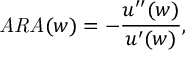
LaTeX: { \mathit { A R A } } ( w ) = - { \frac { u ^ { \prime \prime } ( w ) } { u ^ { \prime } ( w ) } } ,